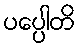
ပပ္ပေါတိ